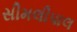
સીમલીપાલ